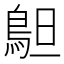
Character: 𱈣